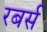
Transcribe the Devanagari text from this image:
रबर्स